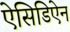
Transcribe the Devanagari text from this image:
ऐसिडिऐन